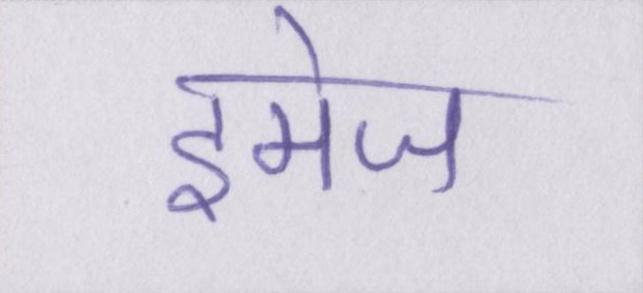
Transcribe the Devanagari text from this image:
इमेज